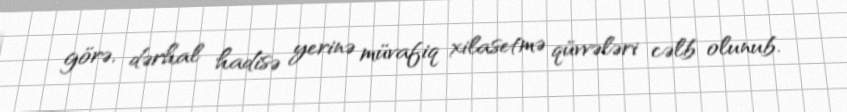
görə, dərhal hadisə yerinə müvafiq xilasetmə qüvvələri cəlb olunub.